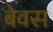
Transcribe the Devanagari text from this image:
बेवस